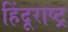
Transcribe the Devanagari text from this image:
हिंदूराष्ट्र